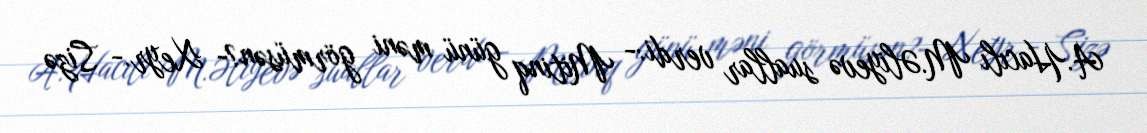
A.Hacılı M.Əliyevə suallar verdi:- Mitinq günü məni görmüsən?- Xeyr.- Sizə